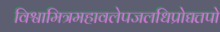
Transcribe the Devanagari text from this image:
विश्वामित्रमहावलेपजलधिप्रोद्यत्तपो